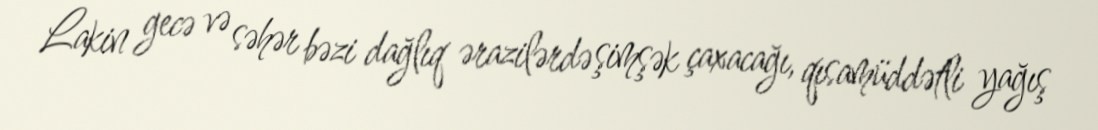
Lakin gecə və səhər bəzi dağlıq ərazilərdə şimşək çaxacağı, qısamüddətli yağış